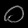
Digit: ၀